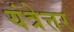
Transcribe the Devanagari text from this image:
यंत्रेत्तर